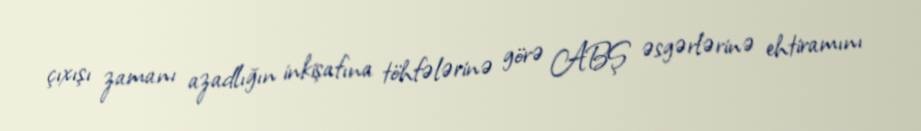
çıxışı zamanı azadlığın inkişafına töhfələrinə görə ABŞ əsgərlərinə ehtiramını